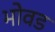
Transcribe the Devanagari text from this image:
भोवड